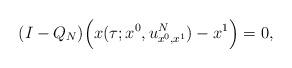
LaTeX: \begin{align*}(I-Q_N)\Bigl(x(\tau;x^{0},u^{N}_{x^{0},x^{1}})-x^{1}\Bigr) =0,\end{align*}